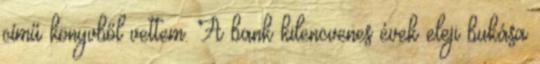
című könyvből vettem. A bank kilencvenes évek eleji bukása